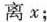
离x;